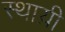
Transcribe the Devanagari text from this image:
स्थाय़ी